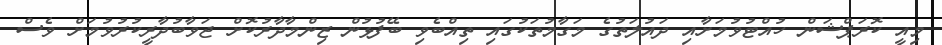
މިއީ ކޮރަޕްޝަން ހުއްޓުވުމަށާއި ދައުލަތުގެ މަގާމުތަކުގައި ތިއްބެވި ބޭފުޅުން ޒިންމާދާރުކޮށް ޖަވާބުދާރީކުރުވުމަށް ވެސް